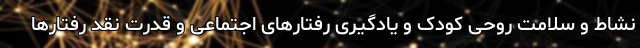
نشاط و سلامت روحی کودک و یادگیری رفتارهای اجتماعی و قدرت نقد رفتارها